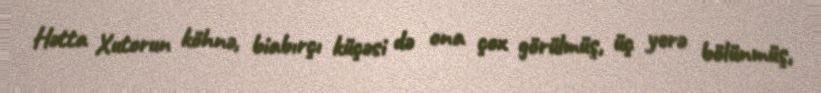
Hətta Xutorun köhnə, biabırçı küçəsi də ona çox görülmüş, üç yerə bölünmüş,